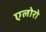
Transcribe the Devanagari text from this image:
एलोरो